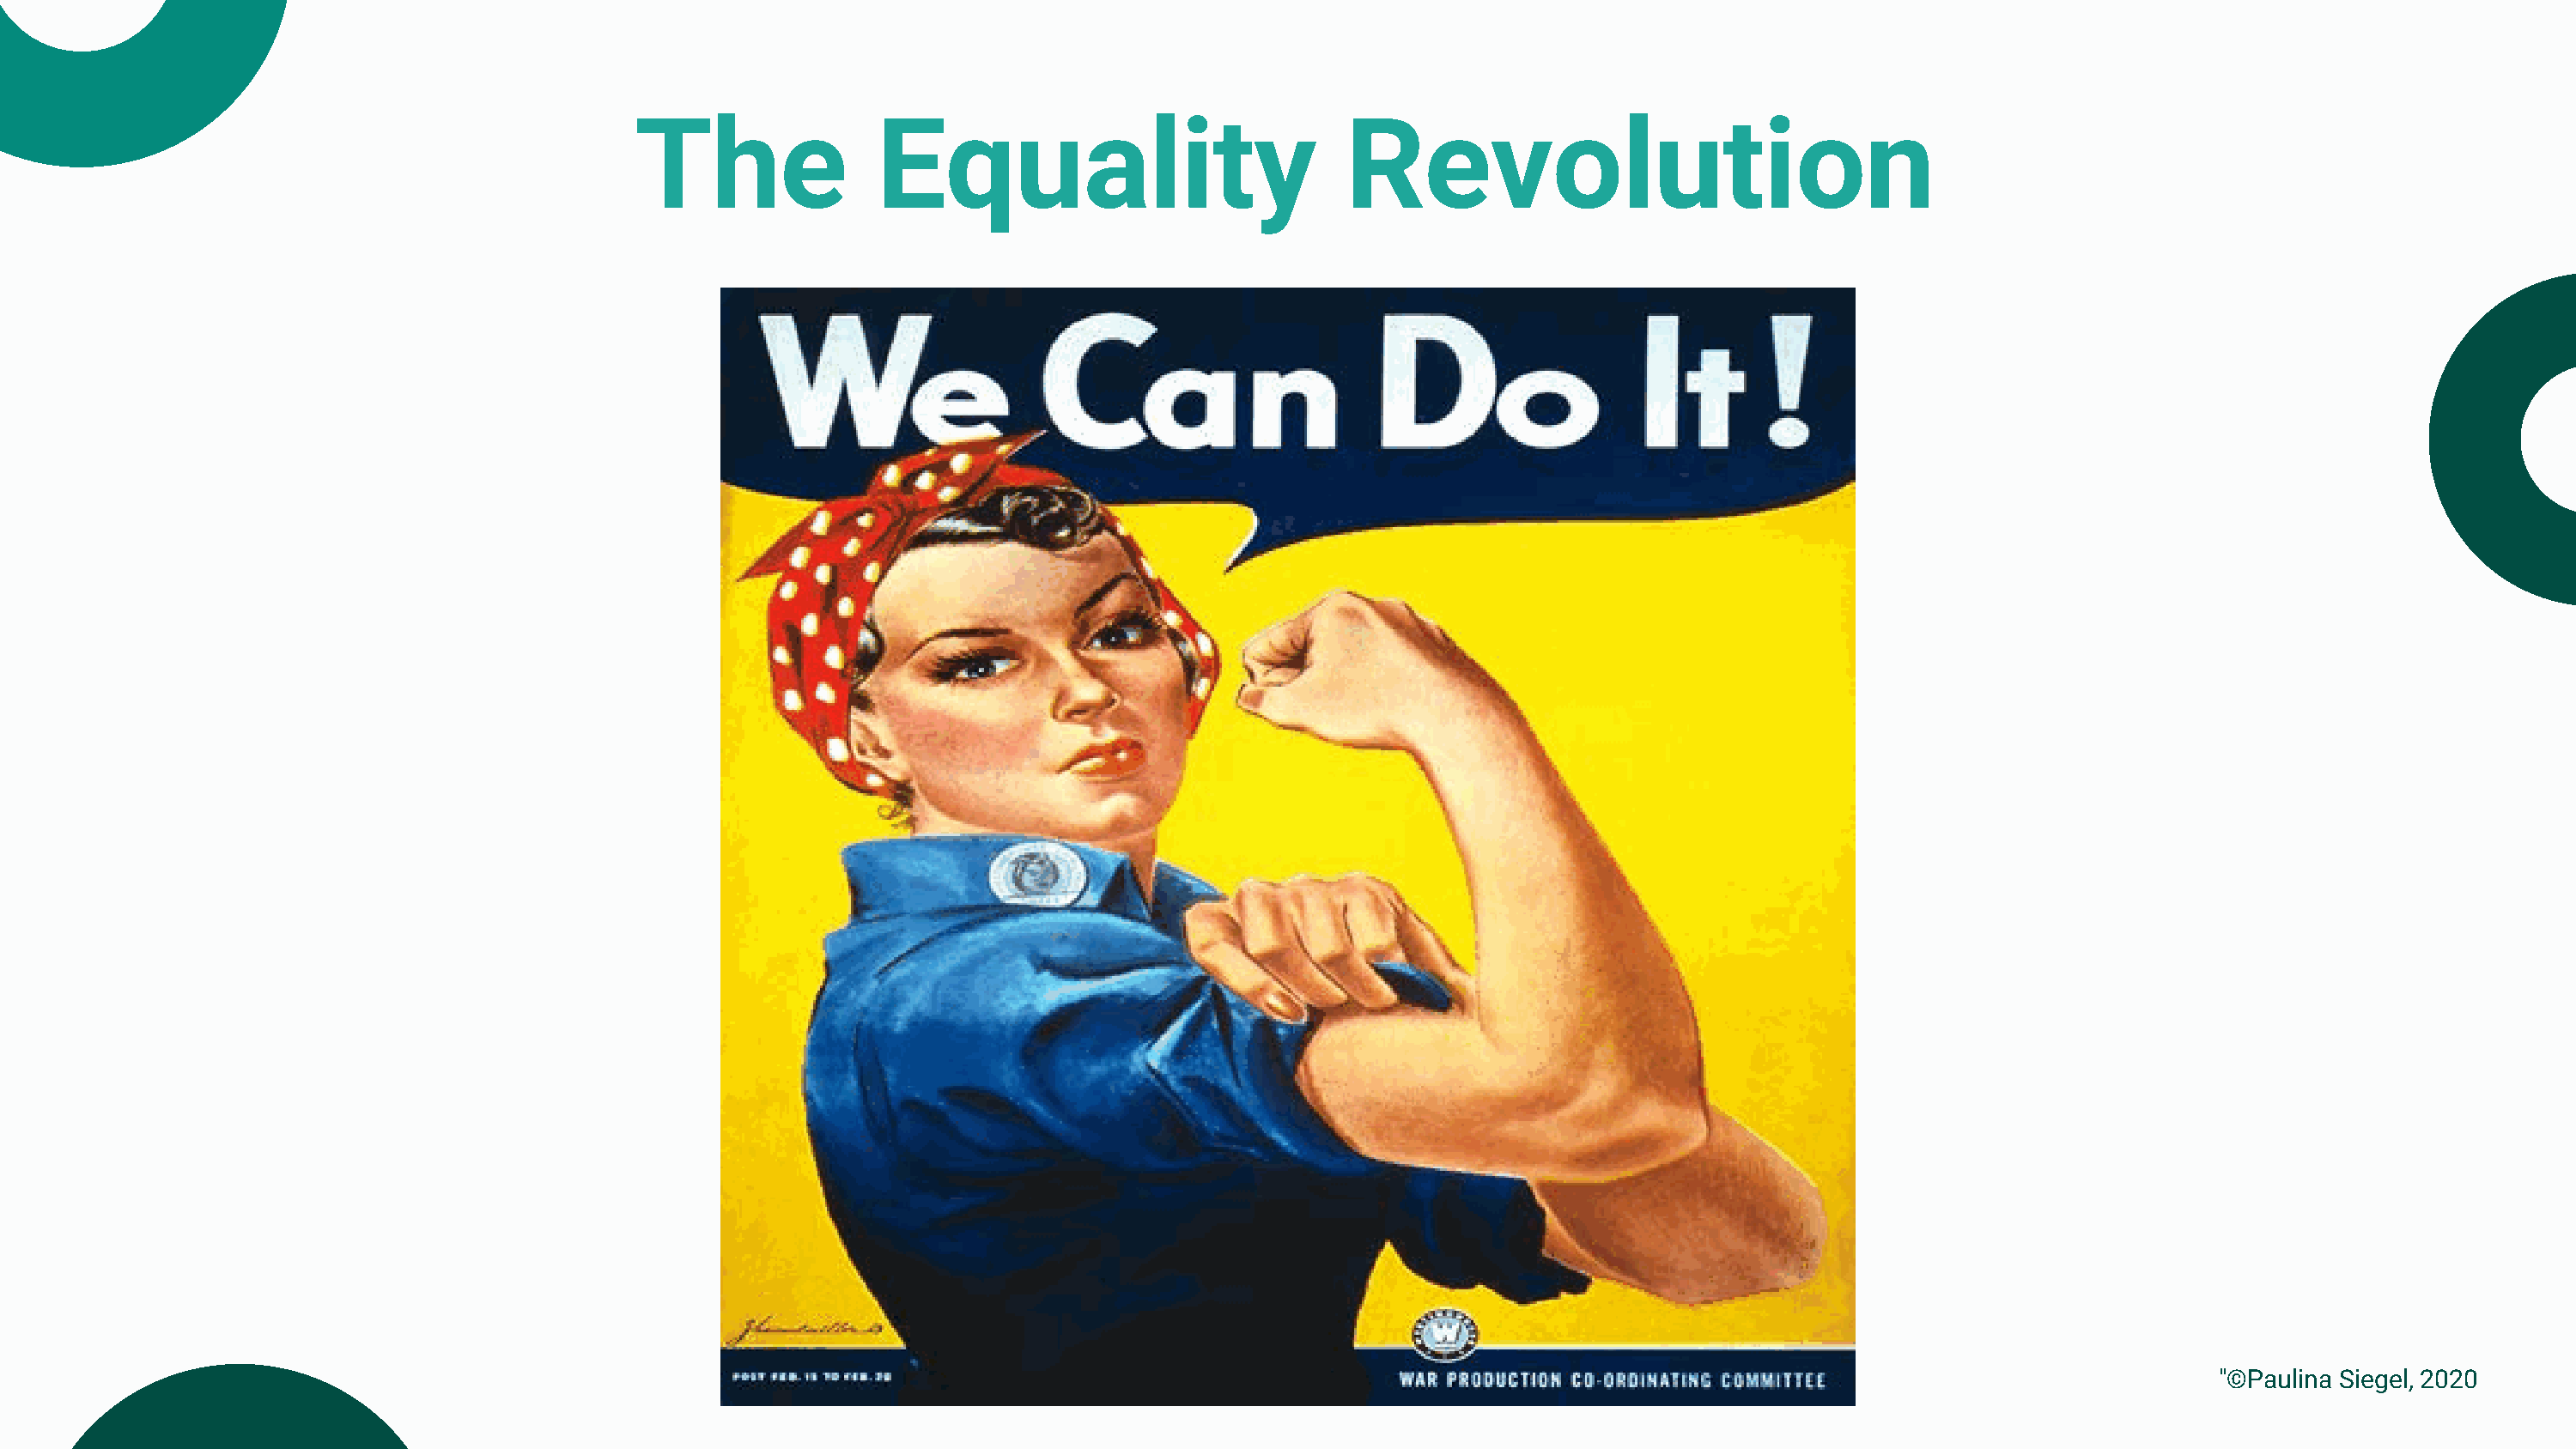
The                Equality                            Revolution
 "©Paulina Siegel, 2020